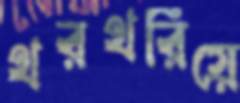
থরথরিয়ে